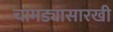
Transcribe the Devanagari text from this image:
चामड्यासारखी